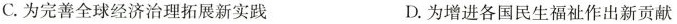
C.为完善全球经济治理拓展新实践 D.为增进各国民生福祉作出新贡献